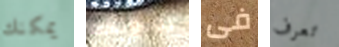
يمكنك رودولف فى تعرف